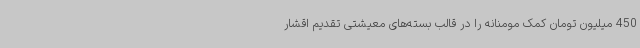
450 میلیون تومان کمک مومنانه را در قالب بسته‌های معیشتی تقدیم اقشار